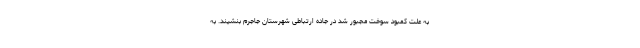
به علت کمبود سوخت مجبور شد در جاده ارتباطی شهرستان جاجرم بنشیند. به